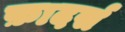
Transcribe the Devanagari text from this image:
फ़ादर्स